Rangoon Lunatic Asylum 1878-1892 - 1878-1892
Year: 1878
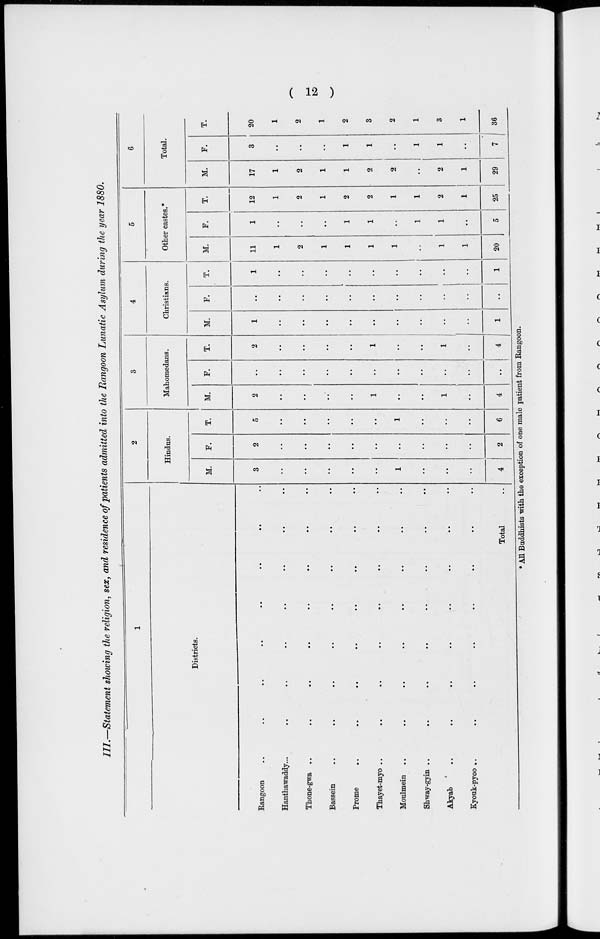
( 12 )
III.—Statement showing the religion, sex, and residence of patients admitted into the Rangoon Lunatic Asylum during the year 1880.
1
Districts.
Rangoon .. .. .. .. .. .. .. ..
Hanthawaddy.. .. .. .. .. .. .. ..
Thone-gwa .. .. .. .. .. .. .. ..
Bassein .. .. .. .. .. .. .. ..
Prome .. .. .. .. .. .. .. ..
Thayet-myo ..
.. .. .. .. .. .. ..
Moulmein .. .. .. .. .. .. .. ..
Shway-gyin ..
..
..
..
.. .. .. ..
Akyab
..
..
..
..
..
..
..
..
Kyouk-pyoo .. .. .. .. .. .. .. ..
Total ..
2
Hindus.
M.
3
..
..
..
..
..
1
..
..
4
F.
2
..
..
..
..
..
..
..
..
..
2
T.
5
..
..
..
..
..
1
..
..
..
6
3
Mahomedans.
M.
2
..
..
..
..
1
..
..
1
..
4
F.
..
..
..
..
..
..
..
..
..
..
..
T.
2
..
..
..
..
1
..
..
1
..
4
4
Christians.
M.
1
..
..
..
..
..
..
..
..
..
1
F.
..
..
..
..
..
..
..
..
..
..
..
T.
1
..
..
..
..
..
..
..
..
..
1
5
Other castes.*
M.
11
1
2
1
1
1
1
..
1
1
20
F.
1
..
..
..
1
1
..
1
1
..
5
T.
12
1
2
1
2
2
1
1
2
1
25
6
Total.
M.
17
1
2
1
1
2
2
..
2
1
29
F.
3
..
..
..
1
1
..
1
1
..
7
T.
20
1
2
1
2
3
2
1
3
1
36
* All Buddhists with the exception of one male patient from Rangoon.